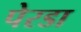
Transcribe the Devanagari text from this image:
पेरडा